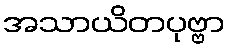
အသာယိတပုဗ္ဗာ